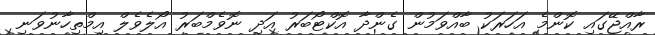
ރާއްޖޭގައި ކޮންމެ އަހަރަކު ބާއްވަމުން ގެންދާ އޮކްޓޯބަރު އަދި ނޮވެމްބަރު އޯލެވެލް އިމްތިހާނުވަނި